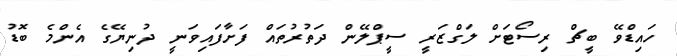
ހައިޑްވޭ ބީޗް ރިސޯޓަށް ލަގްޒަރީ ސީޕްލޭން ދަތުރުތައް ފަށާފައިވަނީ ދުނިޔޭގެ އެންމެ ބޮޑު